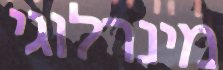
מינרלוגי